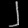
Digit: ၂